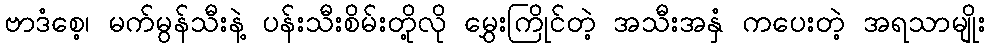
ဗာဒံစေ့၊ မက်မွန်သီးနဲ့ ပန်းသီးစိမ်းတို့လို မွှေးကြိုင်တဲ့ အသီးအနှံ ကပေးတဲ့ အရသာမျိုး